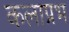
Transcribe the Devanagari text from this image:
कलाप्रभ